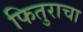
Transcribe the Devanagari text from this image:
फितुराचा